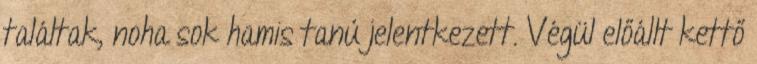
találtak, noha sok hamis tanú jelentkezett. Végül előállt kettő